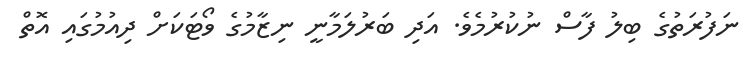
ނަފުރަތުގެ ބިލު ފާސް ނުކުރުމެވެ. އަދި ބަރުލަމާނީ ނިޒާމުގެ ވޯޓަކަށް ދިއުމުގައި އޮތް